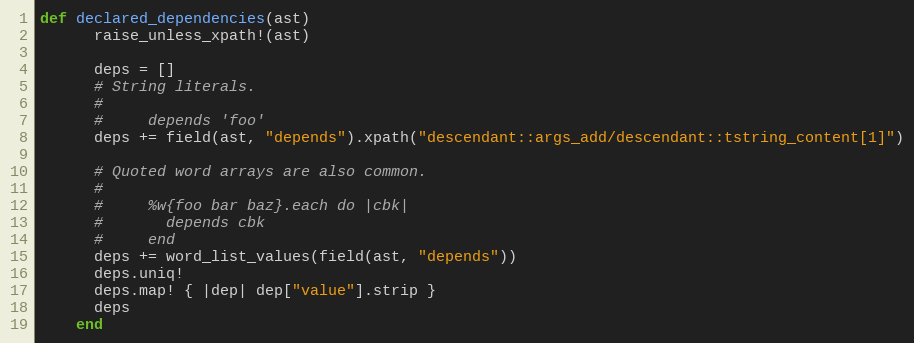
Language: Ruby
def declared_dependencies(ast)
      raise_unless_xpath!(ast)

      deps = []
      # String literals.
      #
      #     depends 'foo'
      deps += field(ast, "depends").xpath("descendant::args_add/descendant::tstring_content[1]")

      # Quoted word arrays are also common.
      #
      #     %w{foo bar baz}.each do |cbk|
      #       depends cbk
      #     end
      deps += word_list_values(field(ast, "depends"))
      deps.uniq!
      deps.map! { |dep| dep["value"].strip }
      deps
    end